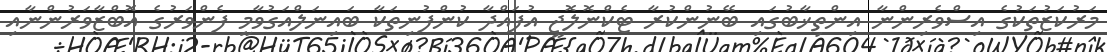
މަރުކަޒުތަކުގެ އިސްވެރިންނާ އިންތިޚާބުގައި ބޭނުންކުރާ ޓެކްނޮލޮޖީ އުފައްދާ ކުންފުނިތަކާ ބައިނަލްއަގުވާމީ ފެންވަރުގެ އޮބްޒާވަރުންނާއި